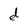
Character: d